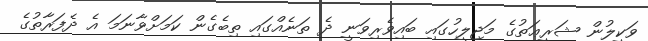
ވަކީލުން ޝަރީޢަތުގެ މަޖިލީހުގައި ބައިވެރިވަނީ ދެ ތަނެއްގައި ތިބެގެން ކަމަށްވާނަމަ އެ ދެފަރާތުގެ